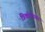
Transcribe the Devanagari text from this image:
त्रिकोणावर